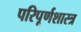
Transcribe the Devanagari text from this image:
परिपूर्णशास्त्र